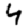
Digit: 4